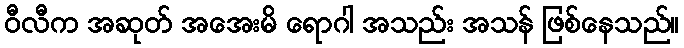
ဝီလီက အဆုတ် အအေးမိ ရောဂါ အသည်း အသန် ဖြစ်နေသည်။